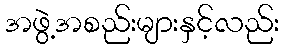
အဖွဲ့အစည်းများနှင့်လည်း